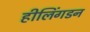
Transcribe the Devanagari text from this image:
हीलिंगडन